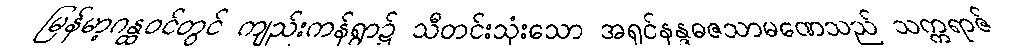
မြန်မာ့ဂန္ထဝင်တွင် ကျည်းကန်ရွာ၌ သီတင်းသုံးသော အရှင်နန္ဒဓဇသာမဏေသည် သက္ကရာဇ်